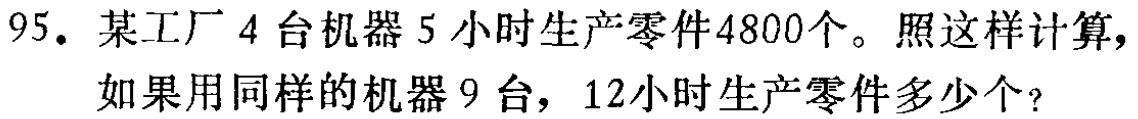
95. 某工厂4台机器5小时生产零件4800个。照这样计算，如果用同样的机器9台，12小时生产零件多少个？